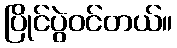
ပြိုင်ပွဲဝင်တယ်။